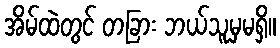
အိမ်ထဲတွင် တခြား ဘယ်သူမှမရှိ။